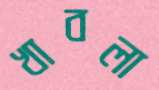
খাবলা